Vaccination in Burma 1900-1911 - 1900-1911
Year: 1900
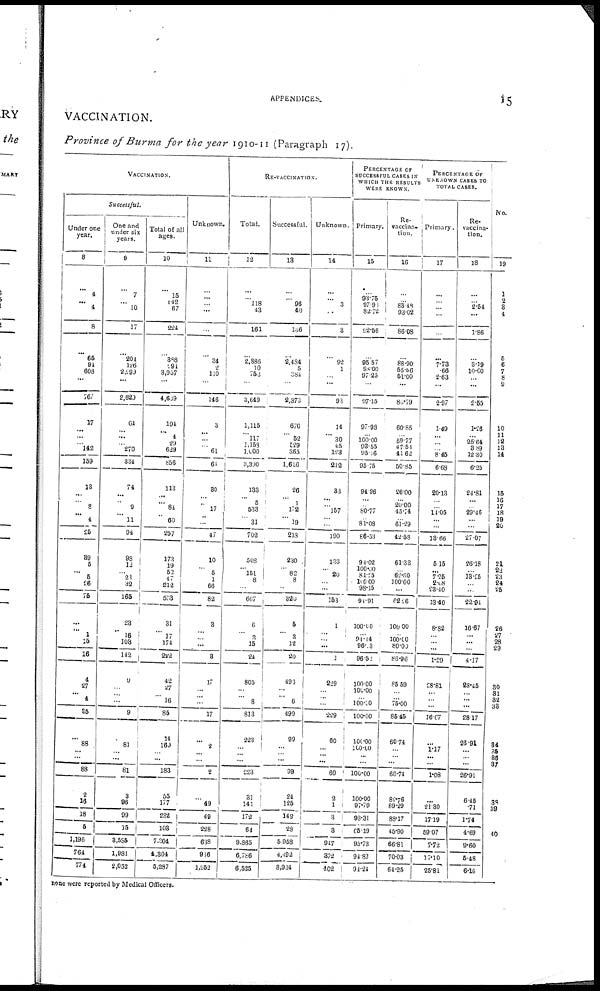
APPENDICES.
15
VACCINATION.
Province of Burma for the year 1910-11 (Paragraph 17).
VACCINATION.
Successful.
Under one
year.
8
...
4
...
4
8
...
65
94
608
...
767
17
...
...
...
142
159
13
...
...
8
4
25
89
5
...
6
26
75
...
...
1
15
16
4
27
... 4
35
...
88
... ...
88
2
16
18
5
1,196
764
774
One and
under six
years.
9
...
7
...
10
17
...
204
126
2,299
...
2,623
64
...
...
... 270
334
74
...
...
9
11
94
98
12
... 21
32
165
23
...
16
108
142
9
...
...
...
9
...
81
...
...
81
3
96
99
15
3,585
1,981
2,052
Total of all
ages.
10
...
15
142
67
224
...
888
291
3,957
...
4,639
194
...
4
29
629
856
113
...
... 84
60
257
173
19
52
47
212
503
31
...
17
174
222
42
27
...
16
85
14
169
...
...
183
55
177
232
108
7,304
4,304
5,287
Unknown.
11
...
...
...
...
...
...
34
2
110
...
146
3
...
...
...
61
61
80
...
...
17
...
47
10
...
5
1
66
82
3
...
... ...
3
17
...
...
...
17
...
2
...
...
2
...
49
49
228
638
936
1,952
RE-VACCINATION.
Total.
12
...
...
118
43
161
...
2,836
10
753
...
3,649
1,115
...
117
1,153
1,000
3,330
133
...
5
538
31
702
508
...... 151
8
...
667
6
...
3
15
24
805
...
...
8
813
223
...
...
...
223
31
141
172
64
9,865
6,786
6,525
Successful.
13
...
...
96
40
136
...
2,484
5
384
...
2,373
670
...
52
529
365
1,616
26
...
1
172
19
213
230
...
82
8
...
320
5
...
3
12
20
493
...
...
6
499
99
...
... ...
99
24
125
149
28
5,958
4,402
3,934
Unknown.
14
...
...
3
...
3
...
92
1
...
...
93
14
...
30
45
123
212
83
...
...
157
...
190
133
...
20
...
...
153
1
...
... ...
1
229
... ...
...
229
60
... ...
...
60
2
1
3
3
917
372
402
PERCENTAGE OF
SUCCESSFUL CASES IN
WHICH THE RESULTS
WERE KNOWN.
Primary.
15
...
93.75
97.93
82.72
92.56
...
95.57
98.00
97.25
...
97.15
97.98
...
100.00
93.55
95.16
95.75
94.96
...
... 80.77
81.08
86.33
94.02
100.00
81.95
100.00
98.15
91.91
100.00
... 94.14
96.03
96.52
100.00
100.00
...
100.00
100.00
100.00
100.00
...
...
100.00
100.00
97.79
93.31
65.19
95.73
94.83
91.24
Re-
vaccina-
tion.
10
...
...
88.48
93.02
86.08
...
88.90
55.56
51.00
...
80.79
60.85
...
59.77
47.53
41.62
50.85
26.00
... 20.00 45.74
61.29
42.58
61.33
... 62.60
100.00
...
62.26
100.00
... 100.00
80.00
86.96
85.59
...
... 75.00
85.45
60.74
...
...
...
60.74
82.76
89.29
88.17
45.90
66.81
70.03
64.25
PERCENTAGE OF
UNKNOWN CASES TO
TOTAL CASES.
Primary.
17
...
...
...
...
...
...
7.73
.66
2.63
...
2.97
1.49
...
...
... 8.45
6.68
20.13
...
... 11.05
...
13.66
5.15
... 7.25
2.08
23.40
13.40
8.82
...
... ...
1.29
28.81
...
...
...
16.67
...
1.17
...
...
1.08
...
21.30
17.19
59.07
7.72
17.10
25.81
Re-
vaccina-
tion.
18
...
...
2.54
...
1.86
...
3.19
10.00
...
...
2.55
1.26
...
25.64
3.89
12.30
6.25
24.81
...
... 29.46
...
27.07
26.18
... 18.25
...
...
22.91
16.67
... ...
...
4.17
28.45
... ......
...
28.17
23.91
...
... ...
26.91
6.45
.71
1.74
4.69
9.60
5.48
6.16
No.
19
1
2
3
4
...
5
6
7
8
9
...
10
11
12
13
14
15
16
17
18
20
21
22
23
24
25
...
26
27
28
29
...
30
31
32
33
...
34
35
36
37
...
38
39
...
40
...
...
...
none were reported by Medical Officers.